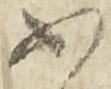
不